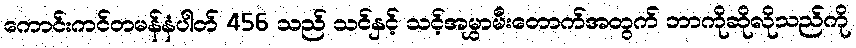
ကောင်းကင်တမန်နံပါတ် 456 သည် သင်နှင့် သင့်အမွှာမီးတောက်အတွက် ဘာကိုဆိုလိုသည်ကို